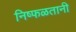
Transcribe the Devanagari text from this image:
निष्फळतानी